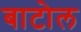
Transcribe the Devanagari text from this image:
बाटोल